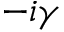
- i \gamma